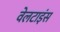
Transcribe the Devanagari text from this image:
वेलटाइंस